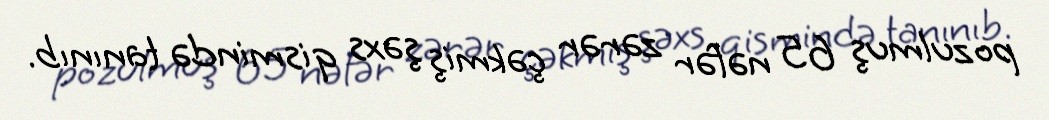
pozulmuş 65 nəfər zərər çəkmiş şəxs qismində tanınıb.